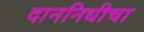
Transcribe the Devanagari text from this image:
दाननिधीचा